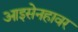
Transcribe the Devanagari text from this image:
आइसेनहावर